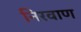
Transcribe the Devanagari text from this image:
निरवाण